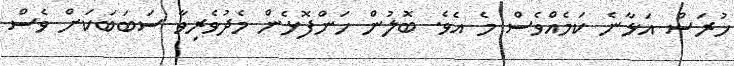
ހުރަސް އަޅާނެ ކަމެއްވެސް މެ އެވެ. ބޮލުން ހަންފޮޅެން މެދުވެރިވާ ސަބަބަކަށް ވެސް